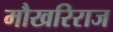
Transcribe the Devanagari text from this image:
मौखरिराज